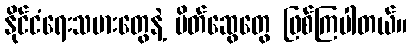
နိုင်ငံရေးသမားတွေနဲ့ မိတ်ဆွေတွေ ဖြစ်ကြပါတယ်။